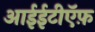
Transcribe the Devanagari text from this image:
आईईटीऍफ़